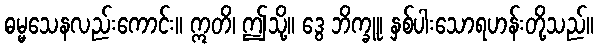
ဓမ္မသေနလည်းကောင်း။ ဣတိ၊ ဤသို့။ ဒွေ ဘိက္ခူ၊ နှစ်ပါးသောရဟန်းတို့သည်။